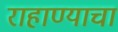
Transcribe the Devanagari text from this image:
राहाण्याचा